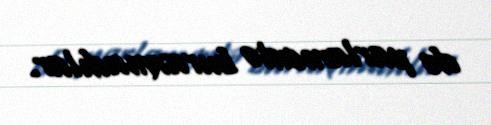
də parlamentə buraxmadılar.